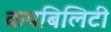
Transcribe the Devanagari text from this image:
कपबिलिटी